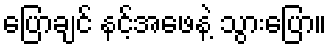
ပြောချင် နင့်အဖေနဲ့ သွားပြော။